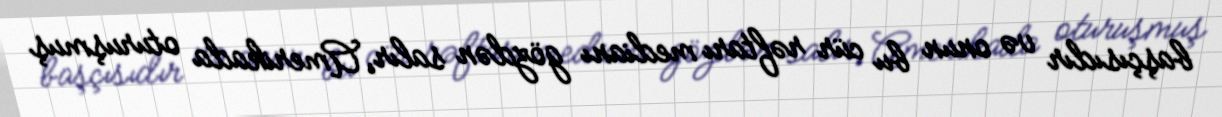
başçısıdır və onun bu cür rəftarı medianı gözdən salır, Amerikada oturuşmuş